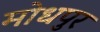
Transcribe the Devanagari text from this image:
मोधपुर